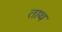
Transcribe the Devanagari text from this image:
ताथ